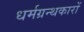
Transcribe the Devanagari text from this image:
धर्मग्रन्थकारों